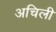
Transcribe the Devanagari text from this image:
अचिली